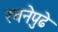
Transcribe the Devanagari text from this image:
रचनेपुढे